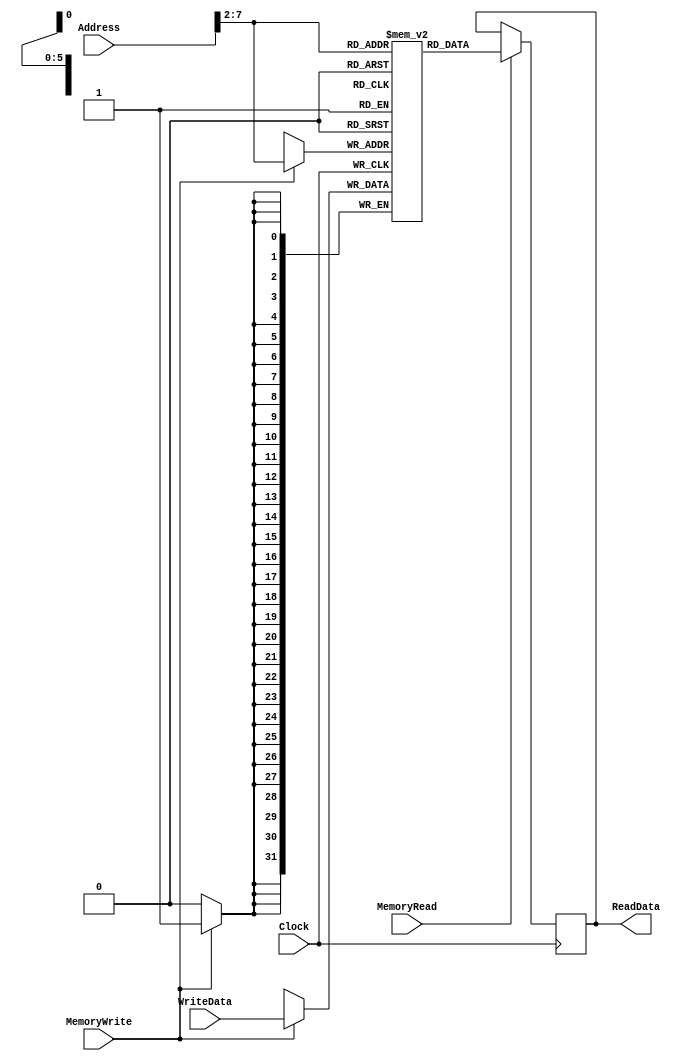
module DataMemory(
	output [31:0] ReadData,
	input [31:0] Address,
	input [31:0] WriteData,
	input MemoryRead,
	input MemoryWrite,
	input Clock
);

// ReadData needs to be a reg to be driven in the ALWAYS block
reg [31:0] ReadData;

//  Memory
reg [31:0] SavedData [63:0];

// Reading data
always @ (posedge Clock) begin
	if (MemoryRead) ReadData<= #20  SavedData[Address[31:2]];
end

// Writing data
always @ (negedge Clock) begin
	if (MemoryWrite) SavedData[Address[31:2]]<= #20 WriteData;
end

endmodule